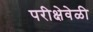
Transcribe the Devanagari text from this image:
परीक्षेवेळी